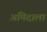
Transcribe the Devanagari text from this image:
अमिदाला